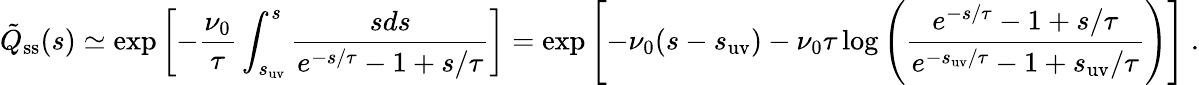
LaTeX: \tilde{Q}_{\mathrm{ss}}(s)\simeq\exp\left[-\frac{\nu_{0}}{\tau}\int_{s_{\mathrm{uv}}}^{s}\frac{sds}{e^{-s/\tau}-1+s/\tau}\right]=\exp\left[-\nu_{0}(s-s_{\mathrm{uv}})-\nu_{0}\tau\log\left(\frac{e^{-s/\tau}-1+s/\tau}{e^{-s_{\mathrm{uv}}/\tau}-1+s_{\mathrm{uv}}/\tau}\right)\right]~.